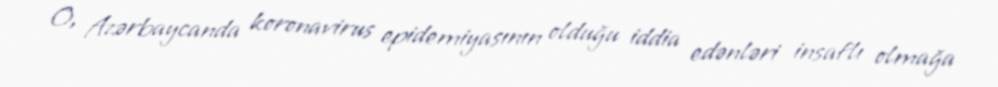
O, Azərbaycanda koronavirus epidemiyasının olduğu iddia edənləri insaflı olmağa